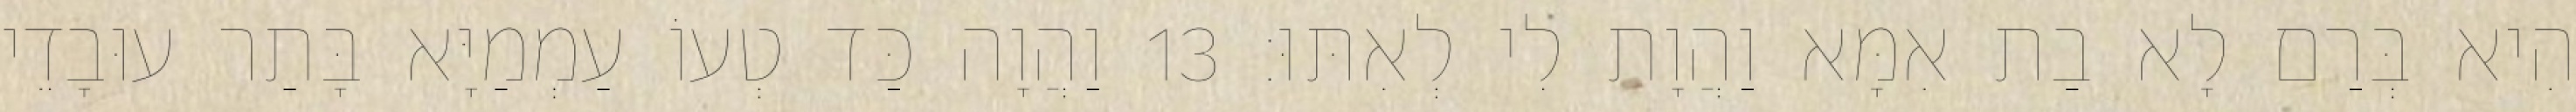
הִיא בְּרַם לָא בַת אִמָּא וַהֲוָת לִי לְאִתּוּ׃ 13 וַהֲוָה כַּד טְעוֹ עַמְמַיָּא בָּתַר עוּבָדֵי